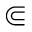
\Subset